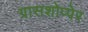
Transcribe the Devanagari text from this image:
ग्रासशोप्पेर